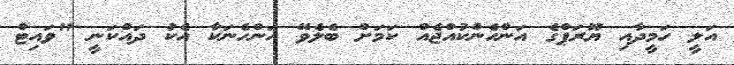
އަލީ ހަމީދާއި ޔޫރަޕްގެ އަންހެންކުއްޖެއް ކަމަށް ބެލެވޭ އަންހެނަކާ އެކު ދައްކަނީ "ވައިޓް